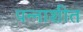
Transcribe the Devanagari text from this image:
पन्‍नाशीत